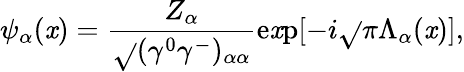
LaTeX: {\psi}_{\alpha}(\mathit{x})=\frac{{Z_{\alpha}}}{{\sqrt{}{{({\gamma}^{0}{\gamma}^{-})_{{\alpha}{\alpha}}}}}}\mathrm{{e\mathit{x}p}}[-i\sqrt{}{{\pi}}{\Lambda}_{\alpha}(\mathit{x})],